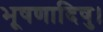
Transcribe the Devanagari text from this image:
भूषणादिषु।